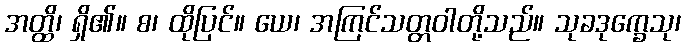
အတ္ထိ၊ ရှိ၏။ စ၊ ထိုပြင်။ ယေ၊ အကြင်သတ္တဝါတို့သည်။ သုခဒုက္ခေသု၊